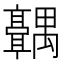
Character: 𬴣